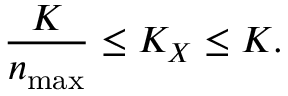
\frac { K } { n _ { \operatorname* { m a x } } } \leq K _ { X } \leq K .